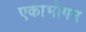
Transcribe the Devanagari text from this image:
एकाभोगम